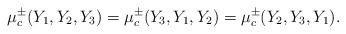
LaTeX: \begin{align*}\begin{aligned} \mu_c^{\pm}(Y_1,Y_2,Y_3)=\mu_c^{\pm}(Y_3,Y_1,Y_2)=\mu_c^{\pm}(Y_2,Y_3,Y_1).\end{aligned}\end{align*}